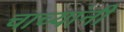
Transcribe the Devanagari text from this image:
चाच्यांनी